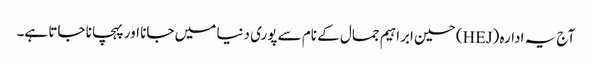
آج یہ ادارہ (HEJ) حسین ابراہیم جمال کے نام سے پوری دنیا میں جانا اور پہچانا جاتا ہے۔